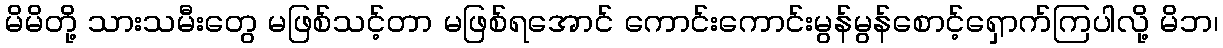
မိမိတို့ သားသမီးတွေ မဖြစ်သင့်တာ မဖြစ်ရအောင် ကောင်းကောင်းမွန်မွန်စောင့်ရှောက်ကြပါလို့ မိဘ၊